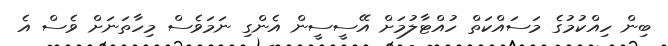
ބިން ހިއްކުމުގެ މަސައްކަތް ހުއްޓާލުމަށް އޭސީސީން އެންގި ނަމަވެސް މިހާތަނަށް ވެސް އެ